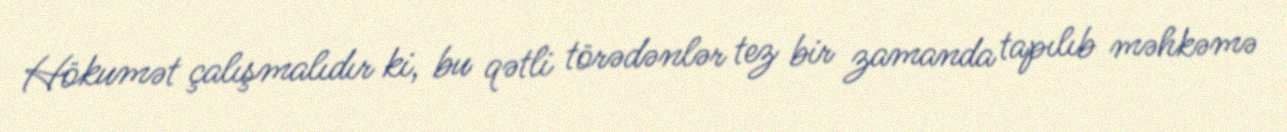
Hökumət çalışmalıdır ki, bu qətli törədənlər tez bir zamanda tapılıb məhkəmə